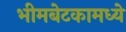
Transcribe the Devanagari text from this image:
भीमबेटकामध्ये